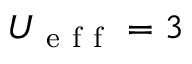
U _ { \mathrm { ~ e ~ f ~ f ~ } } = 3